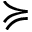
\succcurlyeq